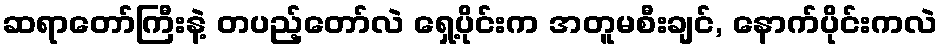
ဆရာတော်ကြီးနဲ့ တပည့်တော်လဲ ရှေ့ပိုင်းက အတူမစီးချင်, နောက်ပိုင်းကလဲ